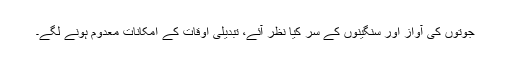
جوتوں کی آواز اور سنگینوں کے سر کیا نظر آئے، تبدیلیِ اوقات کے امکانات معدوم ہونے لگے۔